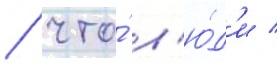
/ что́ л'ю́д'и /